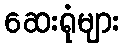
ဆေးရုံများ